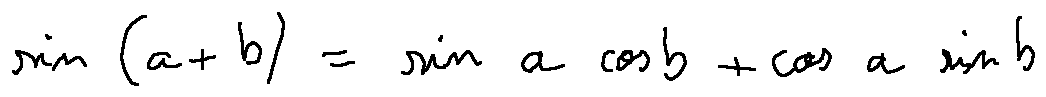
\sin ( a + b ) = \sin a \cos b + \cos a \sin b